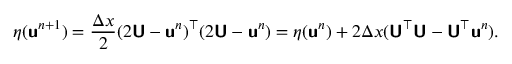
\eta ( \mathbf { \boldsymbol { \mathsf { u } } } ^ { n + 1 } ) = \frac { \Delta x } { 2 } ( 2 \mathbf { \boldsymbol { \mathsf { U } } } - \mathbf { \boldsymbol { \mathsf { u } } } ^ { n } ) ^ { \top } ( 2 \mathbf { \boldsymbol { \mathsf { U } } } - \mathbf { \boldsymbol { \mathsf { u } } } ^ { n } ) = \eta ( \mathbf { \boldsymbol { \mathsf { u } } } ^ { n } ) + 2 \Delta x ( \mathbf { \boldsymbol { \mathsf { U } } } ^ { \top } \mathbf { \boldsymbol { \mathsf { U } } } - \mathbf { \boldsymbol { \mathsf { U } } } ^ { \top } \mathbf { \boldsymbol { \mathsf { u } } } ^ { n } ) .